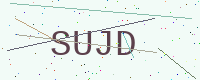
Text: SUJD